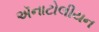
ઍનાટોલીયન